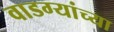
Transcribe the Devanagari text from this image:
वाडग्यांच्या